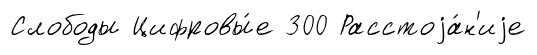
Слободы Цифровы́е 300 Расстоjа́н'иjе